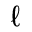
\ell